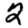
Digit: 2